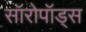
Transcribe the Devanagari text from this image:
सॉरोपॉड्स